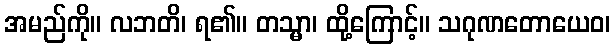
အမည်ကို။ လဘတိ၊ ရ၏။ တသ္မာ၊ ထို့ကြောင့်။ သဂုဏတောယေဝ၊